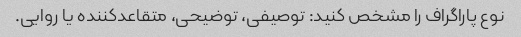
نوع پاراگراف را مشخص کنید: توصیفی، توضیحی، متقاعدکننده یا روایی.